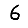
Digit: 6